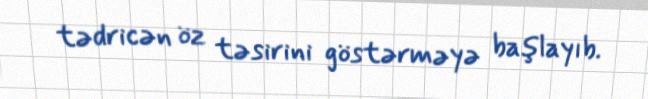
tədricən öz təsirini göstərməyə başlayıb.